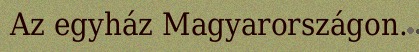
Az egyház Magyarországon.